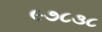
૯૭૮૩૮